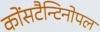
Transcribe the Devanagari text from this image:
कोंसटैन्टिनोपल